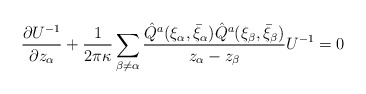
\begin{align*}\frac{\partial U^{-1}}{\partial z_\alpha}+\frac{1}{2\pi\kappa}\sum_{\beta\neq \alpha}\frac{\hat Q^a(\xi_\alpha,\bar\xi_\alpha)\hat Q^a(\xi_\beta,\bar\xi_\beta)}{z_\alpha-z_\beta}U^{-1}=0\end{align*}